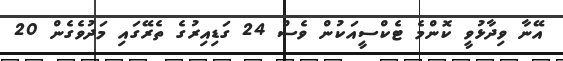
އޭނާ ވިދާޅުވީ ކޮންމެ ޓެކްސީއަކުން ވެސް 24 ގަޑިއިރުގެ ތެރޭގައި މަދުވެގެން 20